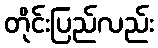
တိုင်းပြည်လည်း